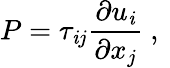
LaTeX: P={\tau_{\mathit{i}j}}\frac{{{\partial{u_{\mathit{i}}}}}}{{{\partial{x_{j}}}}}\mathrm{{~,~}}